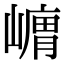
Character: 𭗞